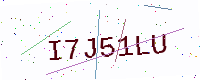
Text: I7J51LU